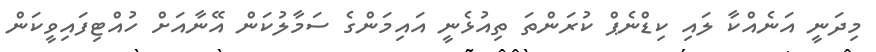
މިދަނީ އަނެއްކާ ލައި ކިޑްނެޕް ކުރަންތަ ތިއުޅެނީ އައިމަންގެ ސަމާލުކަން އޭނާއަށް ހުއްޓިފައިވީކަން